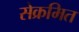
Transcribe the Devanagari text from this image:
सेक्रमित